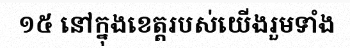
១៥ នៅក្នុងខេត្តរបស់យើងរួមទាំង